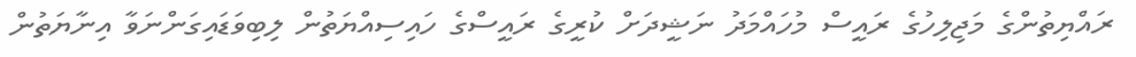
ރައްޔިތުންގެ މަޖިލިހުގެ ރައީސް މުހައްމަދު ނަޝީދަށް ކުރީގެ ރައީސްގެ ހައިސިއްޔަތުން ލިބިވަޑައިގަންނަވާ އިނާޔަތުން